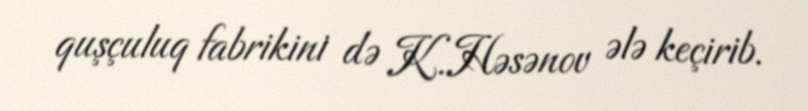
quşçuluq fabrikini də K.Həsənov ələ keçirib.